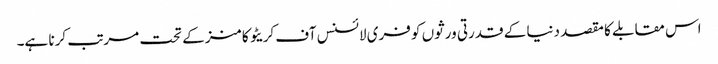
اس مقابلے کا مقصد دنیا کے قدرتی ورثوں کو فری لائسنس آف کریٹو کامنز کے تحت مرتب کرنا ہے۔